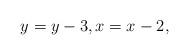
LaTeX: \begin{align*}y = y_{} -3, x = x_{} -2,\end{align*}